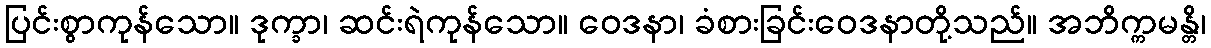
ပြင်းစွာကုန်သော။ ဒုက္ခာ၊ ဆင်းရဲကုန်သော။ ဝေဒနာ၊ ခံစားခြင်းဝေဒနာတို့သည်။ အဘိက္ကမန္တိ၊